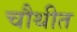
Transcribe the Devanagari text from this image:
चौथीत